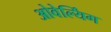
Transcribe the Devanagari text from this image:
ओवेर्ल्यिंग